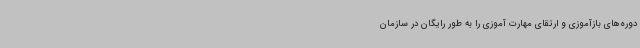
دوره‌های بازآموزی و ارتقای مهارت آموزی را به طور رایگان در سازمان